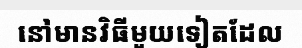
នៅមានវិធីមួយទៀតដែល